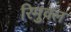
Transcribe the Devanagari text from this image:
रिमुवल